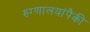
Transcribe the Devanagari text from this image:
रुग्णालयांपैकी